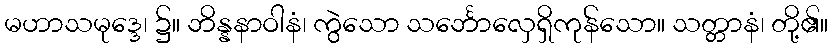
မဟာသမုဒ္ဒေ၊ ၌။ ဘိန္နနာဝါနံ၊ ကွဲသော သင်္ဘောလှေရှိကုန်သော။ သတ္တာနံ၊ တို့၏။